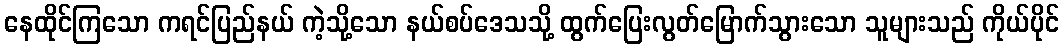
နေထိုင်ကြသော ကရင်ပြည်နယ် ကဲ့သို့သော နယ်စပ်ဒေသသို့ ထွက်ပြေးလွတ်မြောက်သွားသော သူများသည် ကိုယ်ပိုင်